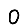
Digit: 0